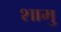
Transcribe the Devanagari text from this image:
शामु